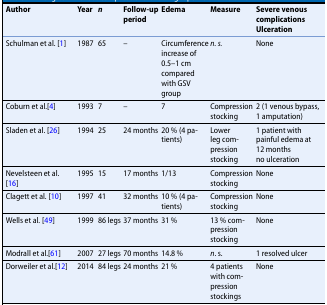
| Author | Year | n | Follow-up period | Edema | Measure | Severe venous complicationsUlceration |
 | --- | --- | --- | --- | --- | --- | --- |
 | Schulman et al. [1] | 1987 | 65 | – | Circumference increase of 0.5–1 cm compared with GSV group | n. s. | None |
 | Coburn et al.[4] | 1993 | 7 | – | 7 | Compression stocking | 2 (1 venous bypass, 1 amputation) |
 | Sladen et al. [26] | 1994 | 25 | 24 months | 20 % (4 patients) | Lower leg compression stocking | 1 patient with painful edema at 12 monthsno ulceration |
 | Nevelsteen et al. [16] | 1995 | 15 | 17 months | 1/13 | Compression stocking | None |
 | Clagett et al. [10] | 1997 | 41 | 32 months | 10 % (4 patients) | Compression stocking | None |
 | Wells et al. [49] | 1999 | 86 legs | 37 months | 31 % | 13 % compression stocking | None |
 | Modrall et al.[61] | 2007 | 27 legs | 70 months | 14.8 % | n. s. | 1 resolved ulcer |
 | Dorweiler et al.[12] | 2014 | 84 legs | 24 months | 21 % | 4 patients with compression stockings | None |